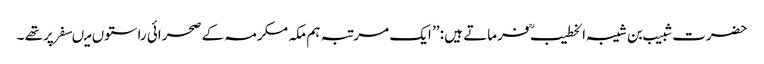
حضرت شبیب بن شیبہ الخطیب ؒ فرماتے ہیں : ’’ ایک مرتبہ ہم مکہ مکرمہ کے صحرائی راستوں میںسفر پرتھے ۔